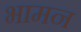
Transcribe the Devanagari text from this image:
भामन